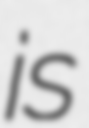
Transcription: is